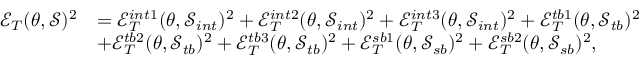
\begin{array} { r l } { \mathcal { E } _ { T } ( \theta , \mathcal { S } ) ^ { 2 } } & { = \mathcal { E } _ { T } ^ { i n t 1 } ( \theta , \mathcal { S } _ { i n t } ) ^ { 2 } + \mathcal { E } _ { T } ^ { i n t 2 } ( \theta , \mathcal { S } _ { i n t } ) ^ { 2 } + \mathcal { E } _ { T } ^ { i n t 3 } ( \theta , \mathcal { S } _ { i n t } ) ^ { 2 } + \mathcal { E } _ { T } ^ { t b 1 } ( \theta , \mathcal { S } _ { t b } ) ^ { 2 } } \\ & { + \mathcal { E } _ { T } ^ { t b 2 } ( \theta , \mathcal { S } _ { t b } ) ^ { 2 } + \mathcal { E } _ { T } ^ { t b 3 } ( \theta , \mathcal { S } _ { t b } ) ^ { 2 } + \mathcal { E } _ { T } ^ { s b 1 } ( \theta , \mathcal { S } _ { s b } ) ^ { 2 } + \mathcal { E } _ { T } ^ { s b 2 } ( \theta , \mathcal { S } _ { s b } ) ^ { 2 } , } \end{array}